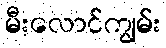
မီးလောင်ကျွမ်း